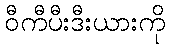
ဝီကီပီးဒီးယားကို